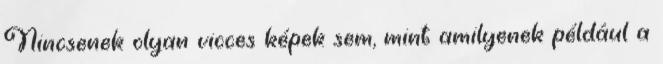
Nincsenek olyan vicces képek sem, mint amilyenek például a